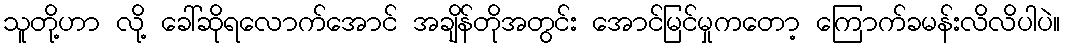
သူတို့ဟာ လို့ ခေါ်ဆိုရလောက်အောင် အချိန်တိုအတွင်း အောင်မြင်မှုကတော့ ကြောက်ခမန်းလိလိပါပဲ။